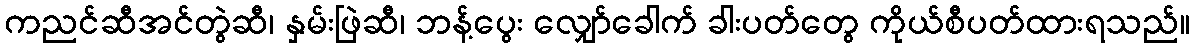
ကညင်ဆီအင်တွဲဆီ၊ နှမ်းဖြဲဆီ၊ ဘန့်ပွေး လျှော်ခေါက် ခါးပတ်တွေ ကိုယ်စီပတ်ထားရသည်။